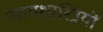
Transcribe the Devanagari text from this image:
न्यायशास्त्रियों